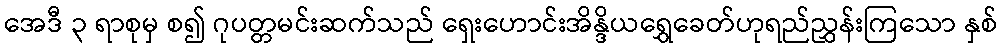
အေဒီ ၃ ရာစုမှ စ၍ ဂုပတ္တမင်းဆက်သည် ရှေးဟောင်းအိန္ဒိယရွှေခေတ်ဟုရည်ညွှန်းကြသော နှစ်